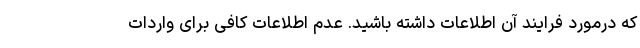
که درمورد فرایند آن اطلاعات داشته باشید. عدم اطلاعات کافی برای واردات